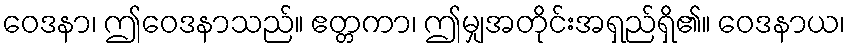
ဝေဒနာ၊ ဤဝေဒနာသည်။ ဧတ္တကာ၊ ဤမျှအတိုင်းအရှည်ရှိ၏။ ဝေဒနာယ၊